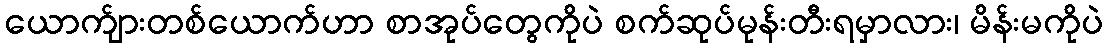
ယောက်ျားတစ်ယောက်ဟာ စာအုပ်တွေကိုပဲ စက်ဆုပ်မုန်းတီးရမှာလား၊ မိန်းမကိုပဲ